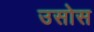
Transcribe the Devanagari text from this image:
उसोस